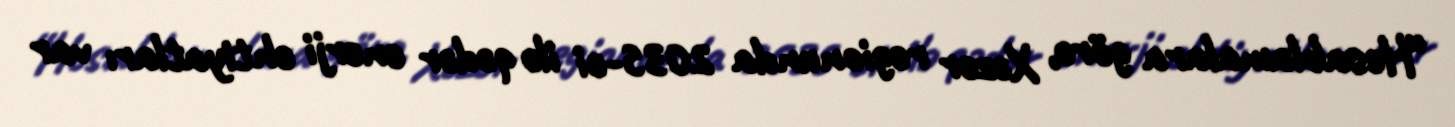
“Hesablamalara görə, Xəzər regionunda 2035-ci ilə qədər enerji ehtiyatları var